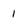
Character: 1